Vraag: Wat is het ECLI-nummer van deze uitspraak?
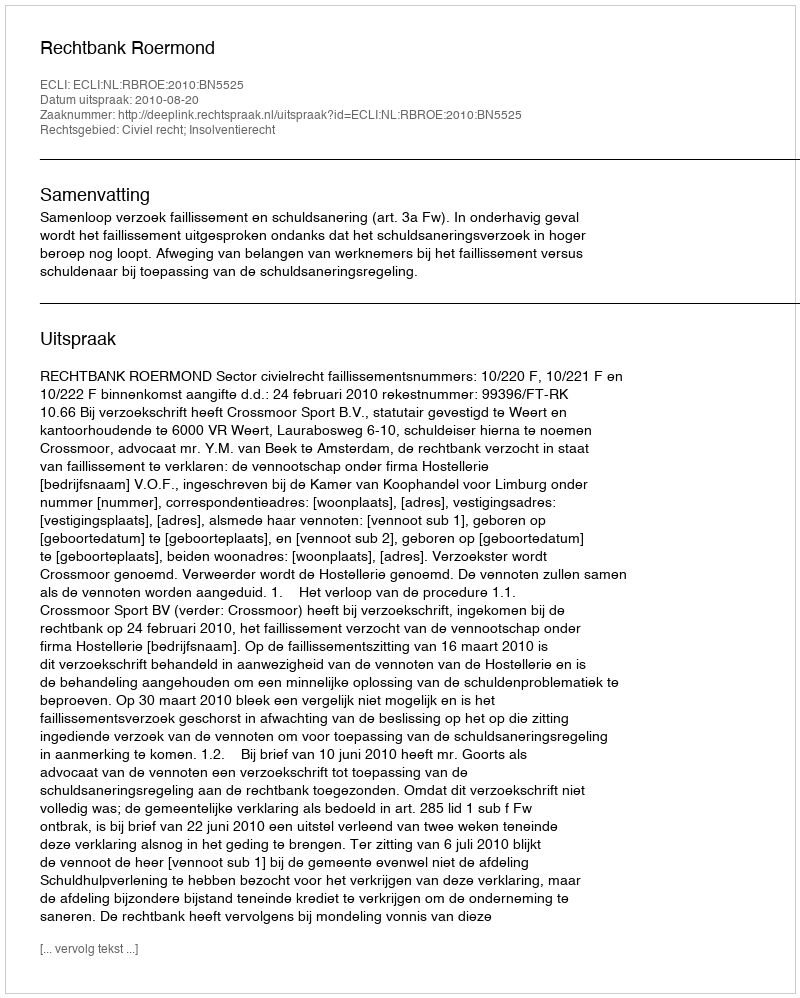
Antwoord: ECLI:NL:RBROE:2010:BN5525